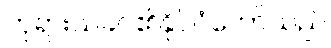
ဘုရားသခင်၏နိုင်ငံတော်သည်